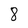
Character: 8